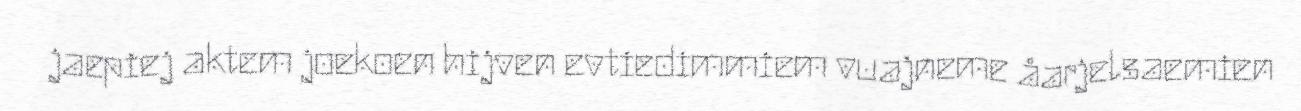
jaepiej aktem joekoen hijven evtiedimmiem vuajneme åarjelsaemien